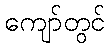
ကျော်တွင်